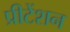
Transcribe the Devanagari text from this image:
प्रीटेंशन